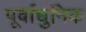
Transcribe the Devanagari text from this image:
पूर्वाधुनिक